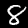
Digit: 8